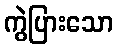
ကွဲပြားသော